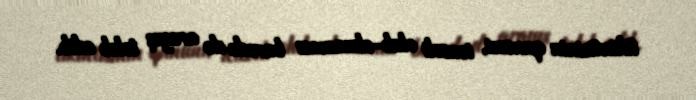
tikintisinin qanuni, icazəli olub-olmaması barədə də arayış tələb edib.